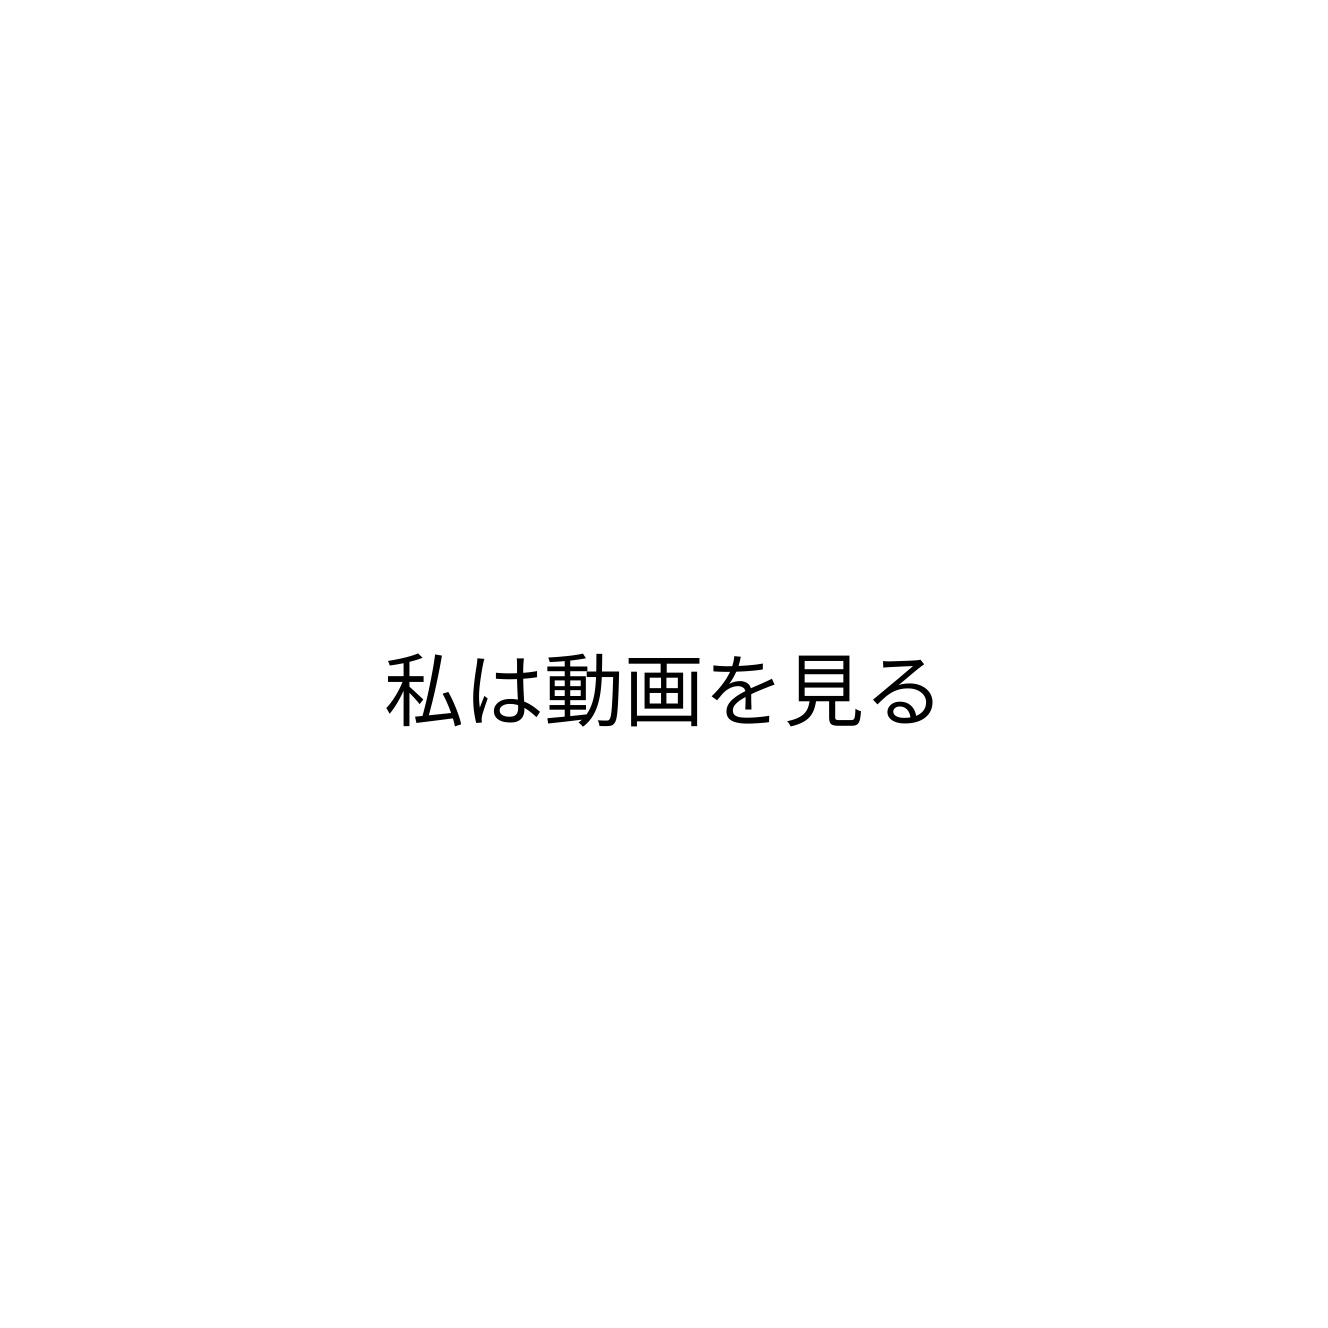
私は動画を見る